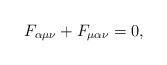
LaTeX: \begin{align*}F_{\alpha\mu\nu} + F_{\mu\alpha\nu} = 0,\end{align*}